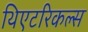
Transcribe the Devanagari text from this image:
थिएटरिकल्स